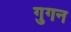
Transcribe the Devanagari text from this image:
गुगन